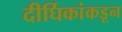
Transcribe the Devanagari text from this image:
दीर्घिकांकडून